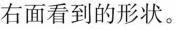
右面看到的形状。